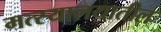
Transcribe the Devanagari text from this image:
मत्स्यालयातील